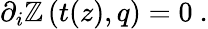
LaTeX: \partial_{i}\mathbb{Z}\left(t(z),q\right)=0\ .